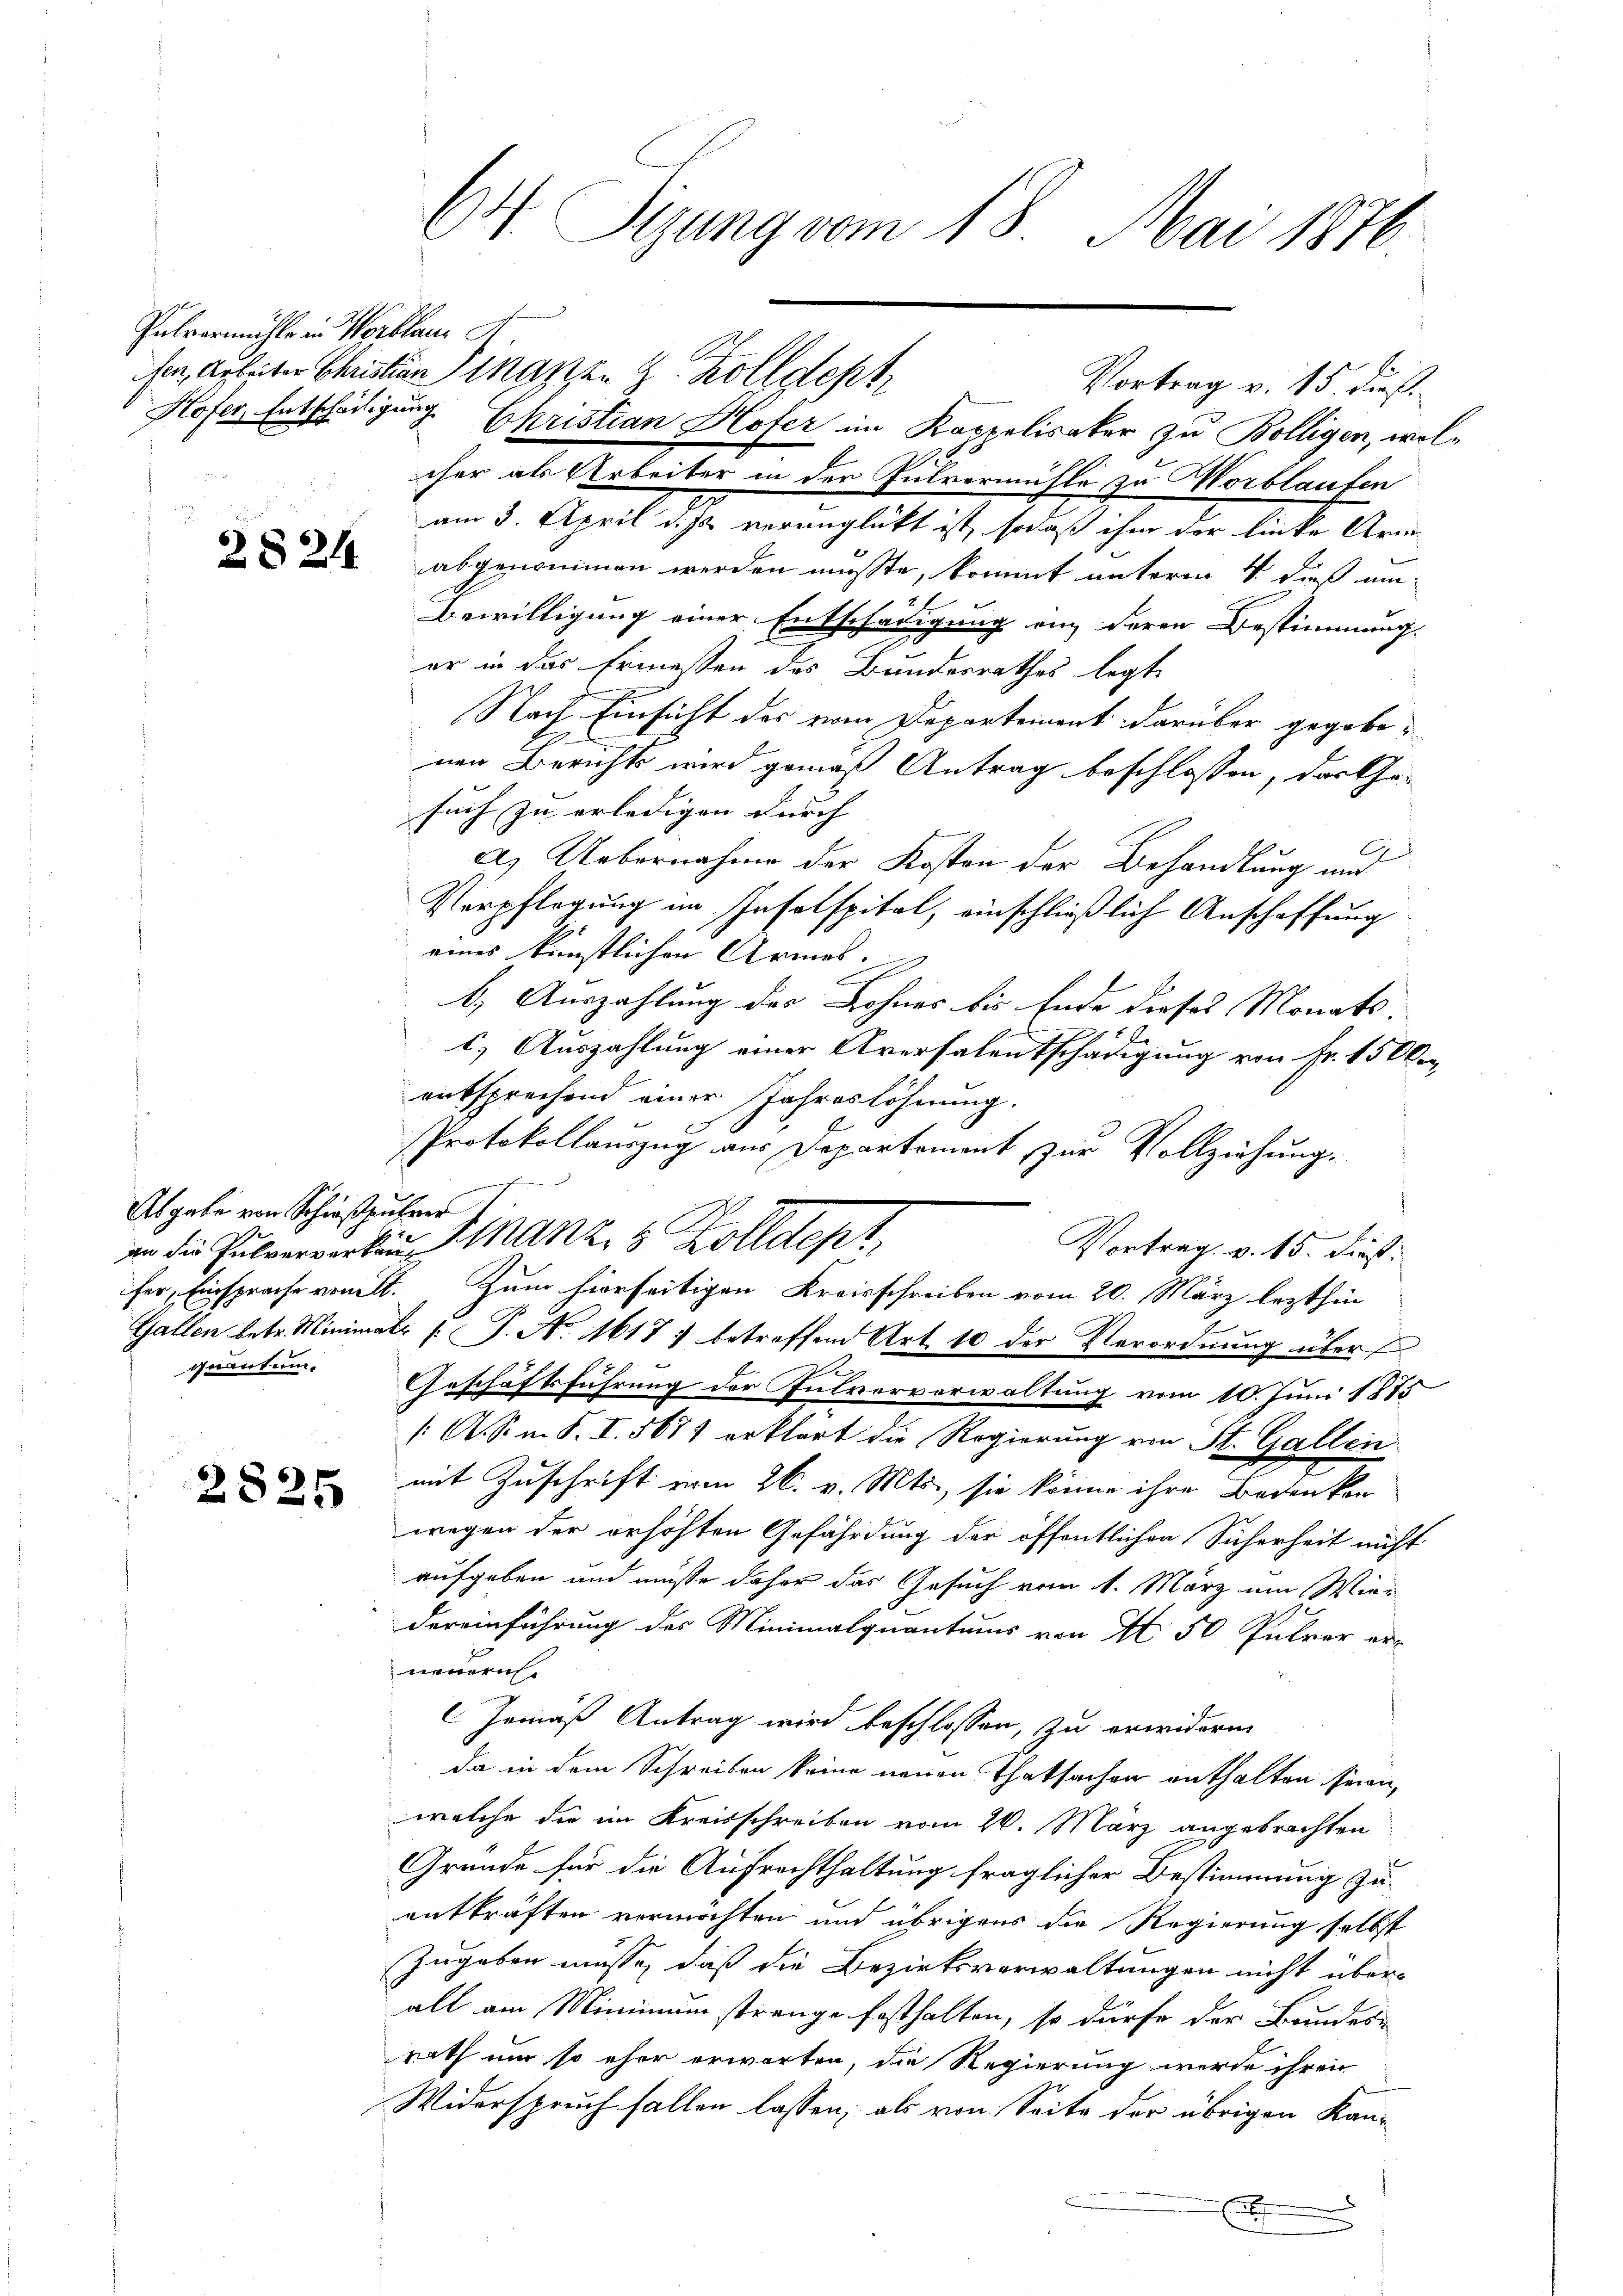
Pulvermülle in Verblau

Abgabe von Schießpührer
quantum.

2825

E
cher als Arbeiter in der Pulvermühle zu Wortlauten
am 3. April diss verunglückt ist, sodaß ihm der linke Armi
 abgenommen werden müßte, kommt unterm 4 dieß um
Bewilligung einer Entschädigung an deren Bestimmung
er in das Ermessen des Bundesrathes legt
Nach Einsicht des vom Departement darüber gegebenen Berichts wird gemäß Antrag beschlossen, das Ge-
such zu erledigen durch |
C
A. Uebernahme der Kosten der Behandlung und
Verpflegung im Insolspital, einschließlich Anschaffung
eines künstlichen Armos.
b. Auszahlung des Lohnes bis Ende dieses Monats-
1) Auszahlung einer Aversalentschädigung von Fr. 1500.
entsprechend einer Jahreslöhnung.
Protokollauszug aus Departement zur Vollziehung.
Vortrag. v. 15. dieß.
fer, Einsprache vom. Zum hierseitigen Kreisschreiben vom 20. März lezthin
Gallen betr. Minimat l. J. No. 1617 betreffend Art. 10 der Verordnung über
Geschäftsführung der Pulvorverwaltung vom 10. Juni 1875
/. A. S. m. S. I. 567) erklärt die Regierung von St. Gallen
mit Zuschrift vom 26. v. Mts., sie könne ihre Bedenken
wegen der erhöhten Gefährdung der öffentlichen Sicherheit nicht
aufgeben und müsse daher das Gesuch vom 1. März um Wie-
dereinführung des Minimalquantums von N. 50 Pulver er-
neuern
Gemäß Antrag wird beschlossen, zu erwiderm
da in dem Schreiben keine neuen Thatsachen enthalten seien,
welche die im Kreisschreiben vom 20. März angebrachten
Gründe für die Aufrechthaltung fraglicher Bestimmung zu-
entkräften vermöchten und übrigens die Regierung selbst
Zugeben müsse, daß die Bezirksverwaltungen nicht über-
alt am Minimum strenge festhalten, so dürfe der Bundes-
rath um so eher erwarten, die Regierung werde ihren
Widerspruch fallen lassen; als von Seite der übrigen Kan¬
E

64 Sizung vom 18. Mai 1876.

e
an die Pulverwerben Ganzes Kolldep

ser, Arbeiten Christian Finanzen & Zolldept
Hofer, Entschädigung Christian Hofer im Kappeliraker zu Bolligen, wol¬

Vortrag v. 15. dieß